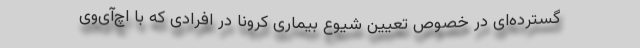
گسترده‌ای در خصوص تعیین شیوع بیماری کرونا در افرادی که با اچ‌آی‌وی